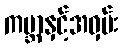
ကမ္ဘာနှင့်အဝှမ်း